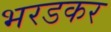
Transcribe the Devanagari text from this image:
भरडकर